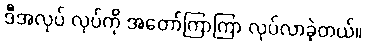
ဒီအလုပ် လုပ်ကို အတော်ကြာကြာ လုပ်လာခဲ့တယ်။